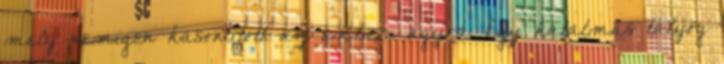
mely nemigen hasonlított az emberi agyra. Egy hatalmas tályog